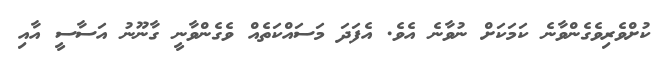
ކުށްވެރިވެގެންވާނެ ކަމަކަށް ނުވާނެ އެެވެ. އެފަދަ މަސައްކަތެއް ވެގެންވާނީ ގާނޫނު އަސާސީ އާއި